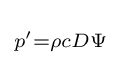
\scriptstyle p'=\rho cD\Psi